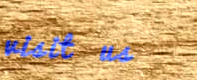
visit us